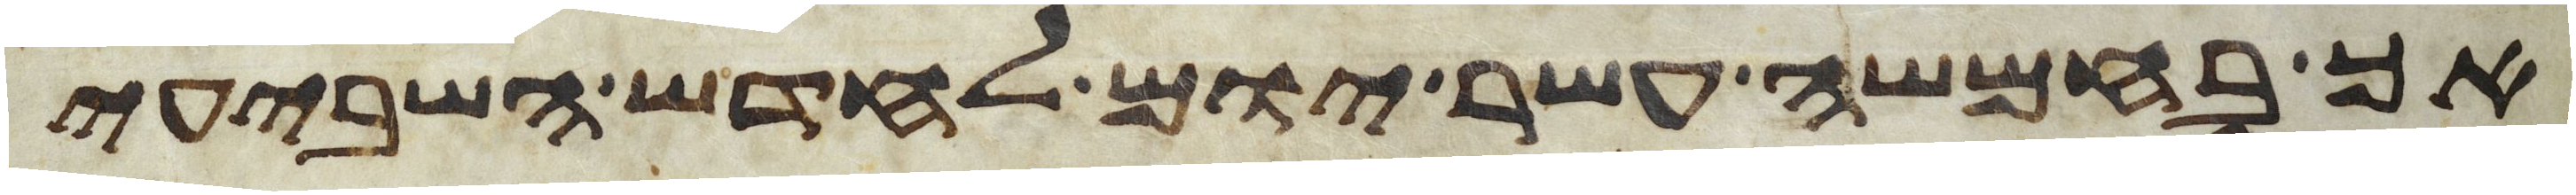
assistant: אך בחמשה עשר יום לחדש השביעי